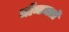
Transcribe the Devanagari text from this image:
मॉन्टमार्त्रे